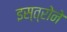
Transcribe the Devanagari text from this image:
इस्त्रोने